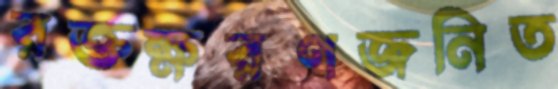
রক্তক্ষরণজনিত